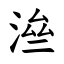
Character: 㴉